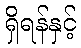
ရှိရန်နှင့်